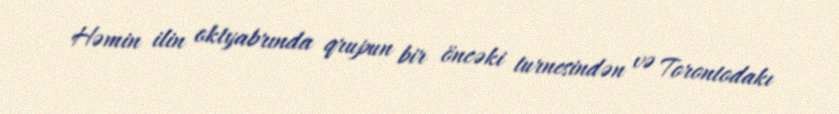
Həmin ilin oktyabrında qrupun bir öncəki turnesindən və Torontodakı